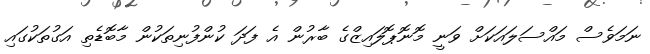
ނަމަވެސް މައްސަލައަކަށް ވަނީ މޮނޮޕޮލައިޒްގެ ބާރުން އެ ފަދަ ކުންފުނިތަކުން މާބޮޑެތި އަގުތަކުގައި